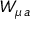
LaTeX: W _ { \mu \, a }